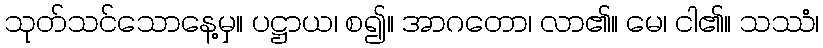
သုတ်သင်သောနေ့မှ။ ပဋ္ဌာယ၊ စ၍။ အာဂတော၊ လာ၏။ မေ၊ ငါ၏။ သဿံ၊